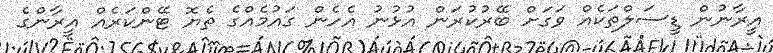
އީރާނުން ޑީސަލްތަކެއް ވަގަށް ބޭރުކުރަން އުޅުނު އެހެން ގައުމެއްގެ ތެޔޮ ޓޭންކަރެއް އީރާންގެ